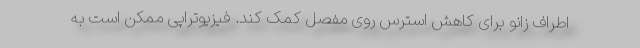
اطراف زانو برای کاهش استرس روی مفصل کمک کند. فیزیوتراپی ممکن است به